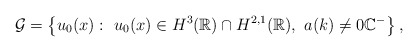
\begin{align*}\mathcal{G}=\left\lbrace u_0(x): \ u_0(x) \in H^{3}(\mathbb{R} )\cap H^{2,1}(\mathbb{R} ),\ a(k) \neq 0 \mathbb{C}^-\right\rbrace,\end{align*}